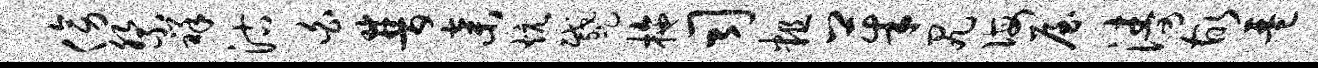
傍祭祥沽白普弃炕蹙拖司粗茱尻诲屋涛故琶